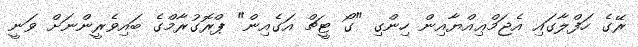
ރޭގެ ހަފްލާގައި އެޖަމްޢިއްޔާއިން ހިންގި "ގޯ ޓީޗް އަގެއިން" ޕްރޮގުރާމްގެ ބައިވެރީންނަށް ވަނީ